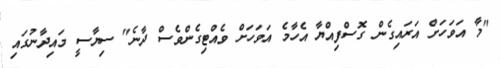
"މާ އަވަހަށް އަރައިގެން ގޮސްފިއްޔާ އެހާމެ އަވަހަށް ވެއްޓިގެންވެސް ދާނެ" ސިޔާސީ މައިދާނުގައި